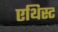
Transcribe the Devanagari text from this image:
एथिस्ट